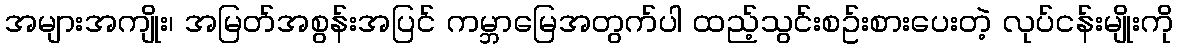
အများအကျိုး၊ အမြတ်အစွန်းအပြင် ကမ္ဘာမြေအတွက်ပါ ထည့်သွင်းစဥ်းစားပေးတဲ့ လုပ်ငန်းမျိုးကို